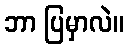
ဘာ ပြမှာလဲ။